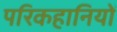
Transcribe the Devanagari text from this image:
परिकहानियों